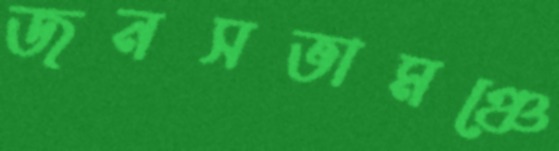
জনসভামঞ্চে